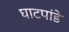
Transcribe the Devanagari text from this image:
घाटपांडे